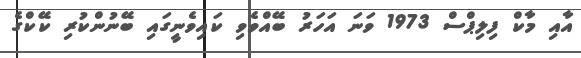
އާއި މާކް ފިލިޕްސް 1973 ވަނަ އަހަރު ބޭއްވެވި ކައިވެނީގައި ބޭނުންކުރި ކޭކްގެ